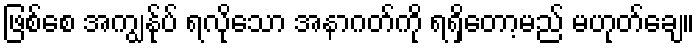
ဖြစ်စေ အကျွန်ုပ် ရလိုသော အနာဂတ်ကို ရရှိတော့မည် မဟုတ်ချေ။